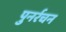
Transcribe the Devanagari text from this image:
पुनर्रचन